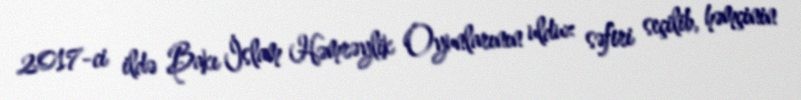
2017-ci ildə Bakı İslam Həmrəylik Oyunlarının ulduz səfiri seçilib, həmçinin